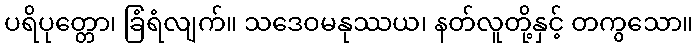
ပရိပုတ္တော၊ ခြံရံလျက်။ သဒေဝမနုဿယ၊ နတ်လူတို့နှင့် တကွသော။